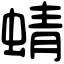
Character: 蜻